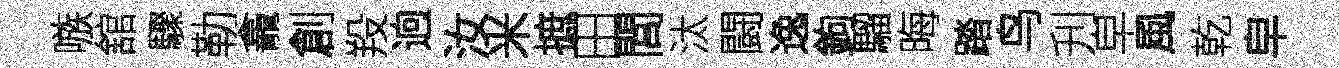
嗾舘驟勒龕創羖逈汝米摭田閭汰闘逸鉤騮晦踏鸟刋皁風乾皁